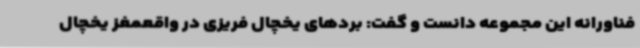
فناورانه این مجموعه دانست و گفت: بردهای یخچال فریزی در واقعمغز یخچال